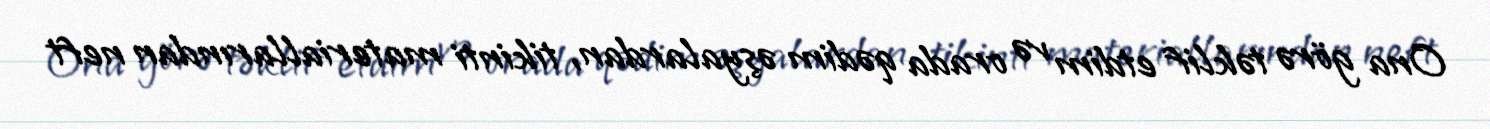
Ona görə təklif etdim və orada qədim əşyalardan, tikinti materiallarından neft